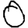
Digit: 0